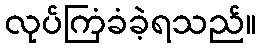
လုပ်ကြံခံခဲ့ရသည်။